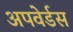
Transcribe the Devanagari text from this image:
अपवेर्डस